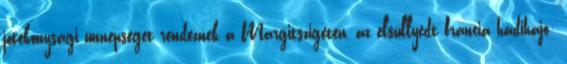
jótékonysági ünnepséget rendeznek a Margitszigeten, az elsüllyedt francia hadihajó: